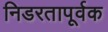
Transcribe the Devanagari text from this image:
निडरतापूर्वक